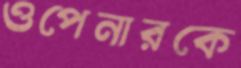
ওপেনারকে